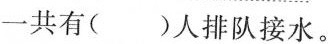
一共有( )人排队接水。